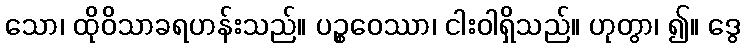
သော၊ ထိုဝိသာခရဟန်းသည်။ ပဉ္စဝေဿာ၊ ငါးဝါရှိသည်။ ဟုတွာ၊ ၍။ ဒွေ